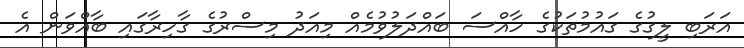
އަރަބި ލީގުގެ ގައުމުތަކުގެ ހާއްސަ ބައްދަލުވުމެއް މިއަދު މިސްރުގެ ގާހިރާގައި ބާއްވަން އެ